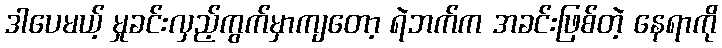
ဒါပေမယ့် မှုခင်းလှည့်ကွက်မှာကျတော့ ရဲဘက်က အခင်းဖြစ်တဲ့ နေရာကို